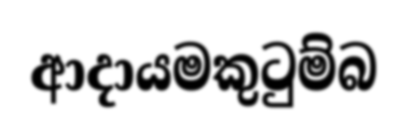
ආදායමකුටුම්බ